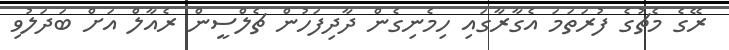
ރޭގެ މެޗުގެ ފުރަތަމަ އެގާރާގައި ހިމެނިގެން ދާދިފަހުން ޗެލްސީން ރެއާލް އަށް ބަދަލުވި